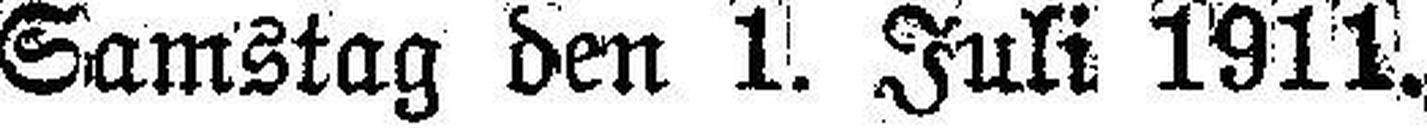
Samstag den 1. Juli 1911.